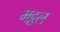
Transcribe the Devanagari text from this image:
भट्ठल